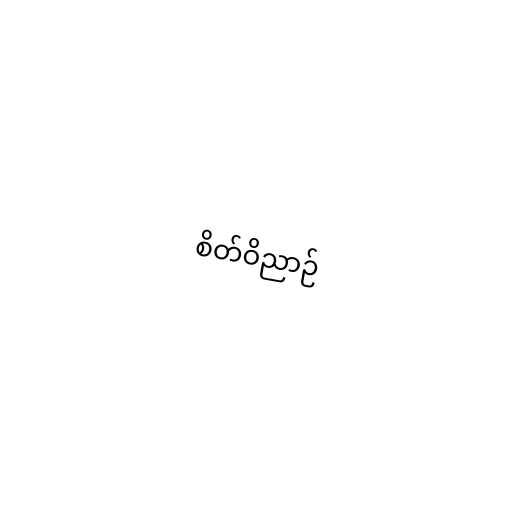
စိတ်ဝိညာဉ်